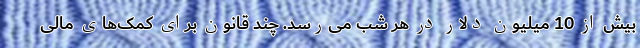
بیش از 10 میلیون دلار در هر شب می‌رسد. چند قانون برای کمک‌های مالی